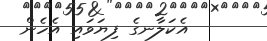
އެކަލާނގެ ފިޔަވައި އެހެން